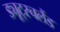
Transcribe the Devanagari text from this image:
ड्यूट्स्चलैंड